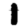
Digit: 1